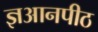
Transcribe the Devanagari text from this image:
ज्ञआनपीठ